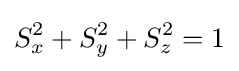
S_{x}^{2}+S_{y}^{2}+S_{z}^{2}=1